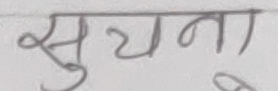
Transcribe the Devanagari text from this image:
सुचना